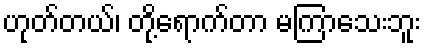
ဟုတ်တယ်၊ တို့ရောက်တာ မကြာသေးဘူး